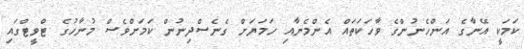
ކަމަކީ އޭނާގެ އަންހެނުންގެ ވާހަކަތައް އެންމެނާއި ހަމަޔަށް ގެނެސްދިނުން ކަމަށްވެސް މުނާހުގެ ޓްވީޓްގައި